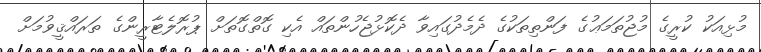
މުޅިއަކު ކުރީގެ މުޖުތަމަޢުގެ ފަންތިތަކުގެ ދެމެދުގައިވާ ދެކޮޅުޖެހުންތައް އެކި ގޮތްގޮތަށް ޕުރޮލެޓާރީންގެ ތަރައްޤީވުމަށް